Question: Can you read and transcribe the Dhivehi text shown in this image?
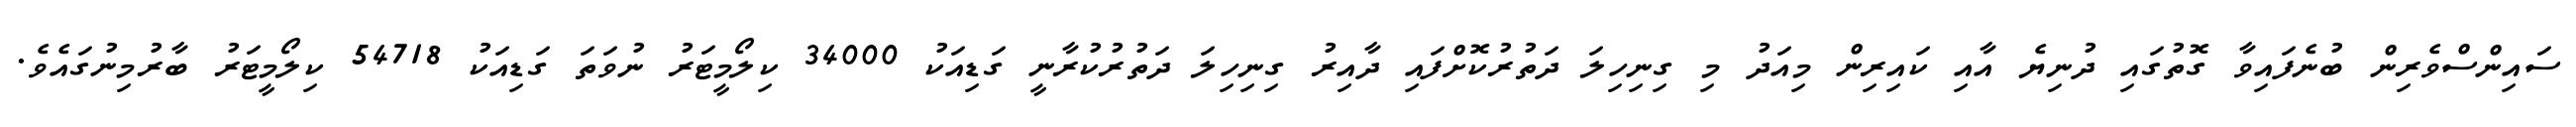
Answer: ސައިންސްވެރިން ބުނެފައިވާ ގޮތުގައި ދުނިޔެ އާއި ކައިރިން މިއަދު މި ގިނިހިލަ ދަތުރުކޮށްފައި ދާއިރު ގިނިހިލަ ދަތުރުކުރާނީ ގަޑިއަކު 34000 ކިލޯމީޓަރު ނުވަތަ ގަޑިއަކު 54718 ކިލޯމީޓަރު ބާރުމިނުގައެވެ.